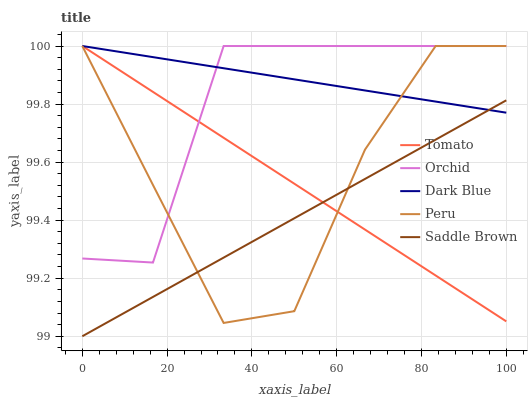
| xaxis_label | Tomato | Orchid | Dark Blue | Peru | Saddle Brown |
 | --- | --- | --- | --- | --- | --- |
 | 0 | 100 | 99.3 | 100 | 100 | 99 |
 | 16.7 | 99.8 | 99.3 | 100 | 99.5 | 99.1 |
 | 33.3 | 99.7 | 100 | 99.9 | 99 | 99.3 |
 | 50 | 99.5 | 100 | 99.9 | 99.1 | 99.4 |
 | 66.7 | 99.4 | 100 | 99.8 | 99.6 | 99.5 |
 | 83.3 | 99.2 | 100 | 99.8 | 100 | 99.7 |
 | 100 | 99.1 | 100 | 99.8 | 100 | 99.8 |